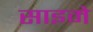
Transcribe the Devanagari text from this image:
साइमे